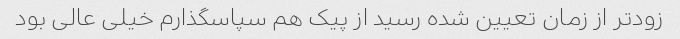
زود‌تر از زمان تعیین شده رسید از پیک هم سپاسگذارم خیلی عالی بود